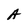
Character: A